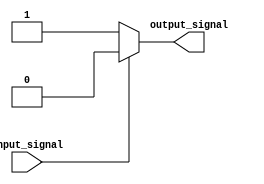
module if_else_statement (
    input wire input_signal,
    output reg output_signal
);

always @(*)
begin
    if (~input_signal) begin
        // Code block executed if condition is true (input_signal is 0)
        output_signal <= 1'b1; // Set output signal to 1
    end else begin
        // Code block executed if condition is false (input_signal is 1)
        output_signal <= 1'b0; // Set output signal to 0
    end
end

endmodule